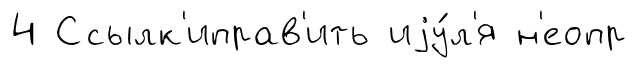
4 Ссылк'иправ'ить иjу́л'я н'еопр